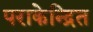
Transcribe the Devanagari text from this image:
पराकेन्द्रित